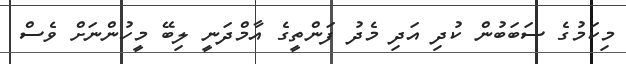
މިކަމުގެ ސަބަބުން ކުދި އަދި މެދު ފަންތީގެ އާމްދަނީ ލިބޭ މީހުންނަށް ވެސް